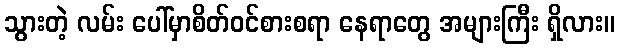
သွားတဲ့ လမ်း ပေါ်မှာစိတ်ဝင်စားစရာ နေရာတွေ အများကြီး ရှိလား။